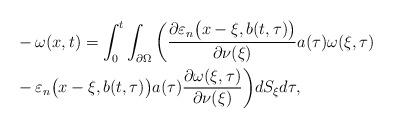
LaTeX: \begin{align*}\begin{aligned}&-\omega(x,t)=\int_{0}^{t} \int_{\partial\Omega}\bigg( \frac{\partial \varepsilon_{n}\big(x-\xi,b(t,\tau)\big)}{\partial\nu(\xi)}a(\tau)\omega(\xi,\tau) \\&-\varepsilon_{n}\big(x-\xi,b(t,\tau)\big)a(\tau)\frac{\partial \omega(\xi,\tau)}{\partial\nu(\xi)}\bigg) dS_{\xi}d\tau,\end{aligned}\end{align*}